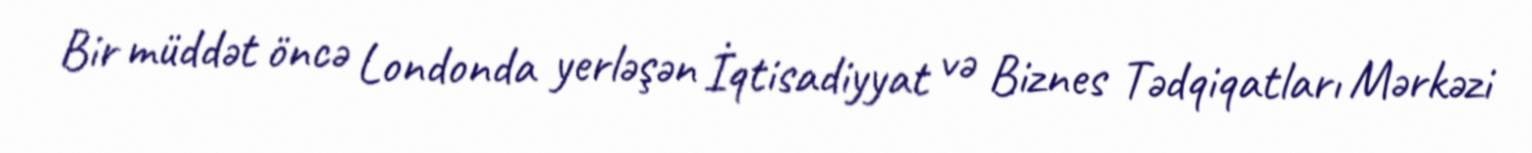
Bir müddət öncə Londonda yerləşən İqtisadiyyat və Biznes Tədqiqatları Mərkəzi